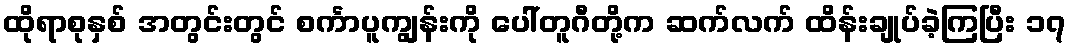
ထိုရာစုနှစ် အတွင်းတွင် စင်္ကာပူကျွန်းကို ပေါ်တူဂီတို့က ဆက်လက် ထိန်းချုပ်ခဲ့ကြပြီး ၁၇